画像に写った文字を読んでください
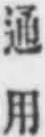
「通用」と書いてあります